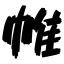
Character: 帷